Mobilization store table India
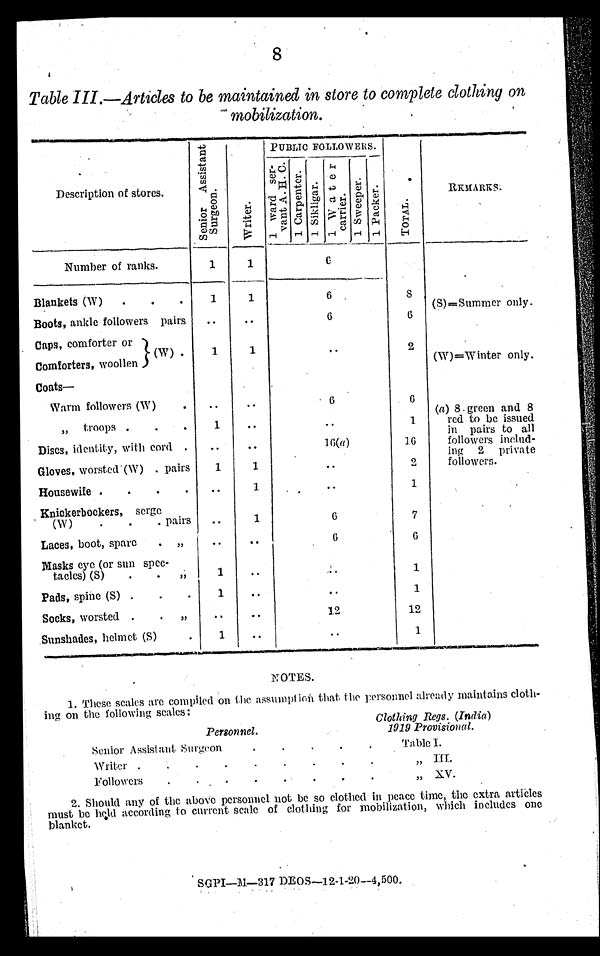
8
Table III.—Articles to be maintained in store to complete clothing on
mobilization.
Description of stores.
S e n i o r A s s i s t a n t S u r g e o n .
W r i t e r .
PUBLIC FOLLOWERS.
T OT AL .
RKMARKS.
1 w a r d s e r - v a n t A . H . C . 1 C a r p e n t e r .
1 S i k l i g a r .
1 W a t e r c a r r i e r . 1 S we e p e r .1 Pa c k e r .
Number of ranks.
1
1
6
Blankets (W) . . . 1
1
6
8 (S)=Summer only.
Boots, ankle followers pairs .. ..
6
6
Caps, comforter or (W)
Comforters, woollen .
1
1
..
2 (W)=Winter only.
Coats―
(a) 8 green and 8
red to be issued
i n p a i r s t o a l l
followers includ-
ing 2 private
followers.
Warm followers (W) . .. ..
6
6
„ troops . . . 1 ..
..
1
Discs, identity, with cord . .. ..
16(a)
16
Gloves, worsted (W) . pairs 1
1
..
2
Housewife . . . . ..
1
..
1
Knickerbockers, serge
(W) . . . paris
..
1
6
7
Laces, boot, spare . ,,
.. ..
6
6
Masks eye (or sun spec-
tacles) (S)
. . ,,
1 .. ..
1
Pads, spine (S) . . . 1
. .
..
1
Socks, worsted . . ,, .. ..
12
12
Sunshades, helmet (S) .
1 ..
..
1
NOTES.
1.These scales are compiled on the assumption that the personnel already maintains cloth-
ing on the following scales:
Personnel.
Clothing Regs. (India)
1919 Provisional.
Senior Assistant Surgeon
. . . . .
Table I.
Writer . . . . . . . . .
„ III.
Followers . .
. . . . . .
„ XV.
2.Should any of the above personnel not be so clothed in peace time, the extra articles
must be held according to current scale of clothing for mobilization, which includes one
blanket.
SGPI—M—317 DEOS—12-1-20—4,500
.